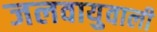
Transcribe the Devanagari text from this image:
जलवायुवाली